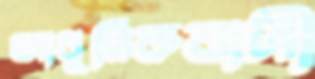
আধুনিকবাদী